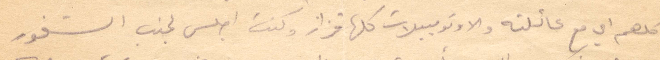
كلهم أي مع عائلته والاوتومبيلات كلها قزاز وكنت اجلس لجنب الشفور